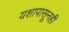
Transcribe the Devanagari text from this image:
यशापासूनही